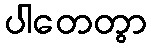
ပါတေတွာ